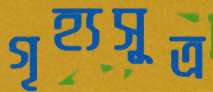
গৃহ্যসূত্র